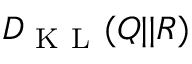
D _ { \mathrm { ~ K ~ L ~ } } ( Q | | R )